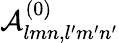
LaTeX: \mathcal{A}_{lmn,l^{\prime}m^{\prime}n^{\prime}}^{(0)}